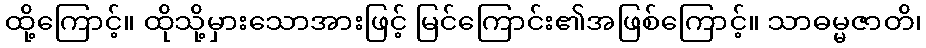
ထို့ကြောင့်။ ထိုသို့မှားသောအားဖြင့် မြင်ကြောင်း၏အဖြစ်ကြောင့်။ သာဓမ္မဇာတိ၊